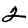
Digit: 2